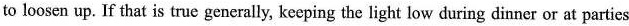
to loosen up. If that is truc generally, keeping the light low during dinner or at partics